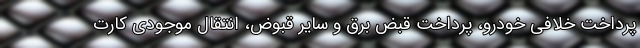
پرداخت خلافی خودرو، پرداخت قبض برق و سایر قبوض، انتقال موجودی کارت